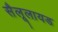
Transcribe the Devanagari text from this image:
सैलूलायड